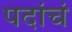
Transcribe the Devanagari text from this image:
पदांचं